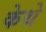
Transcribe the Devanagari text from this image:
केथे